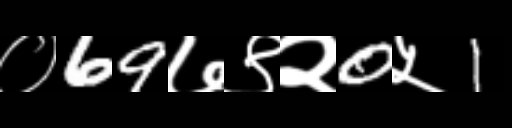
Text: ०69७९२0५1